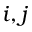
i , j